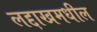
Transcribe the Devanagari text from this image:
लद्दाखमधील